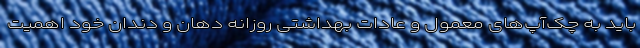
باید به چک‌آپ‌های معمول و عادات بهداشتی روزانه دهان و دندان خود اهمیت